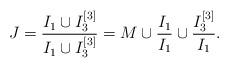
LaTeX: \begin{align*}J = \frac{I_1 \cup I_3^{[3]}}{I_1 \cup I_3^{[3]}} = M \cup \frac{I_1}{I_1} \cup \frac{I_3^{[3]}}{I_1}.\end{align*}